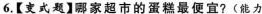
6.【变式题】哪家超市的蛋糕最便宜?(能力